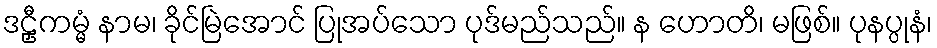
ဒဠှီကမ္မံ နာမ၊ ခိုင်မြဲအောင် ပြုအပ်သော ပုဒ်မည်သည်။ န ဟောတိ၊ မဖြစ်။ ပုနပ္ပုနံ၊